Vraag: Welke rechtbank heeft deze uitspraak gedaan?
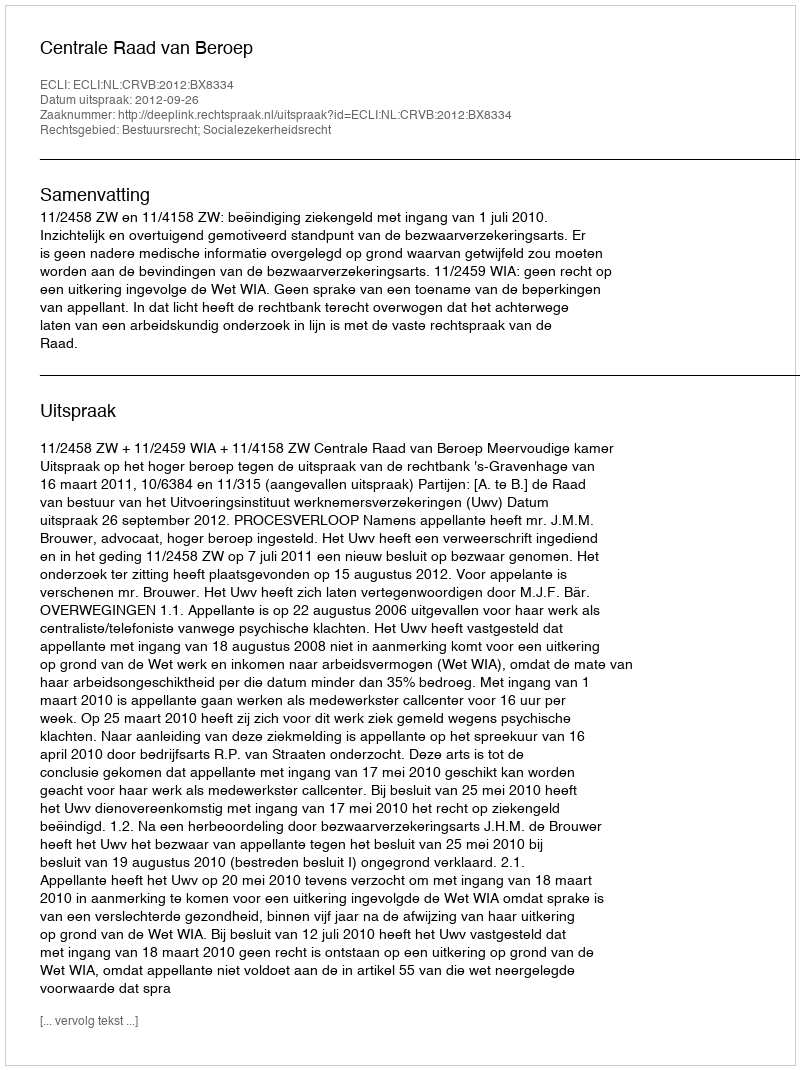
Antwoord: Centrale Raad van Beroep